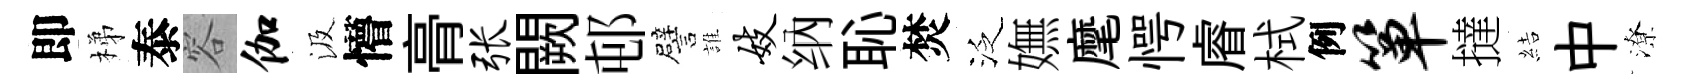
即梯泰容伽汲懵𮌔张闕邨譬誰妓纳恥焚泛嫵麾愕𥈠栻例箪撻結中潦